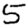
Digit: 5